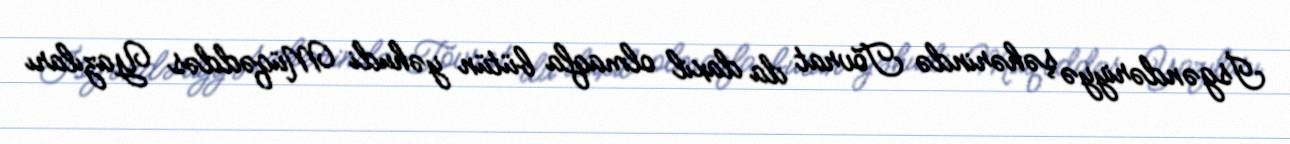
İsgəndəriyyə şəhərində Tövrat da daxil olmaqla bütün yəhudi Müqəddəs Yazıları